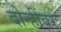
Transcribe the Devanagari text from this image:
दोन्हींवर